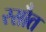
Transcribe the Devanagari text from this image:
रसौत